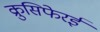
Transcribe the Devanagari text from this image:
क्रुसिफेरई